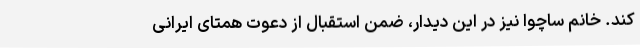
کند. خانم ساچوا نیز در این دیدار، ضمن استقبال از دعوت همتای ایرانی